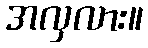
အလှလား။